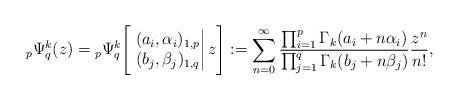
LaTeX: \begin{align*}{}_{p}\Psi_q^k(z)={}_{p}\Psi_q^k\Bigg[\left.\begin{matrix} (a_i,\alpha_i)_{1,p}\\ (b_j,\beta_j)_{1,q} \end{matrix}\right|z\Bigg]:=\sum_{n=0}^{\infty}\frac{\prod_{i=1}^{p}\Gamma_k(a_i+n\alpha_i)}{\prod_{j=1}^{q}\Gamma_k(b_j+n\beta_j)}\frac{z^n}{n!},\end{align*}